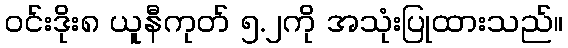
ဝင်းဒိုး၈ ယူနီကုတ် ၅.၂ကို အသုံးပြုထားသည်။